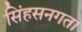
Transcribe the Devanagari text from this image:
सिंहसनगता